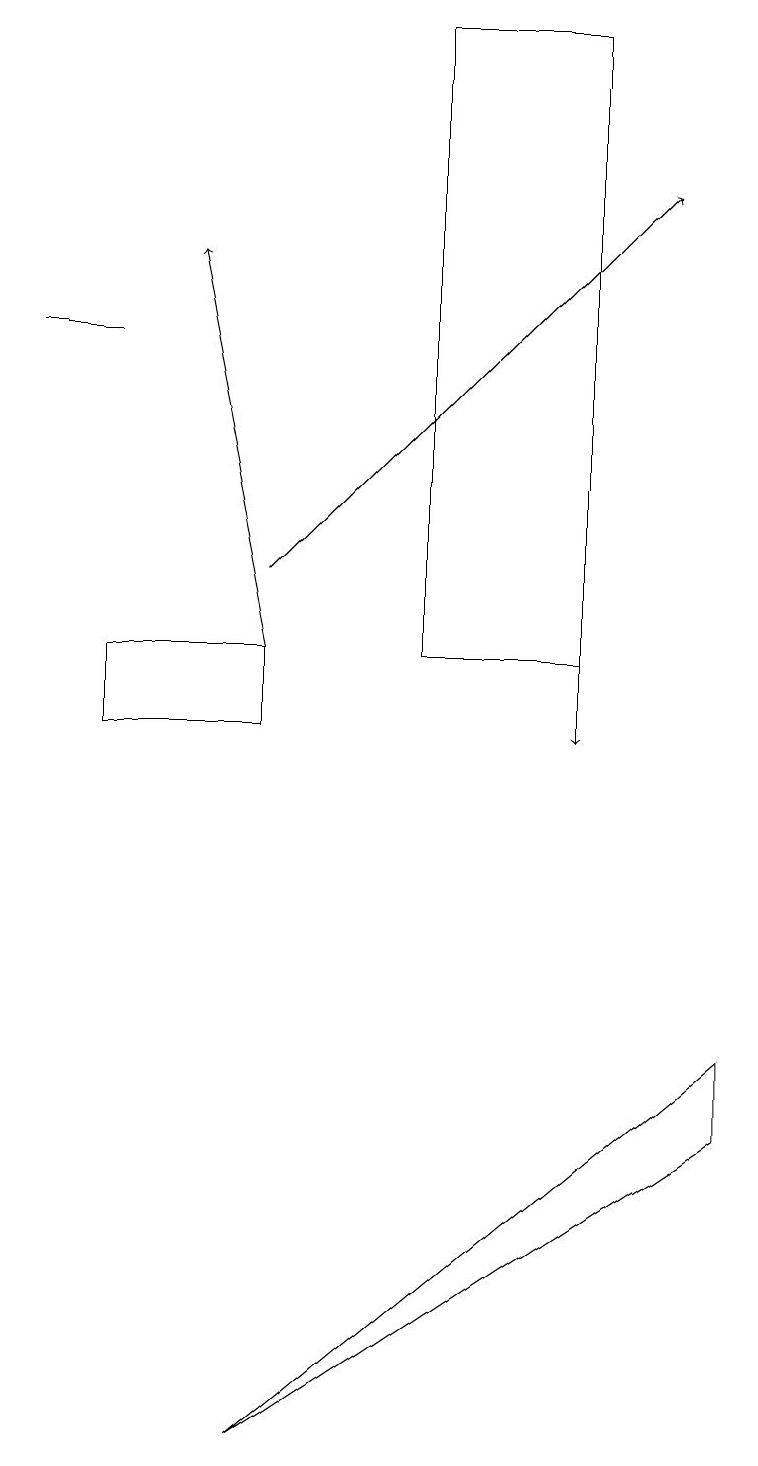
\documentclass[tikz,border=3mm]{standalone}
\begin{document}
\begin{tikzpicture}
\draw[->] (7,13) -- (7,10);
\draw[->] (3,11) -- (2,16);
\draw (1,11) rectangle (3,10);
\draw (1,15) rectangle (0,15);
\draw[->] (3,12) -- (8,17);
\draw (9,6) -- (9,5) -- (3,1) -- cycle;
\draw (5,11) rectangle (7,19);
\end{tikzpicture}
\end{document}